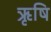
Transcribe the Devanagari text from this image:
ऋृषि